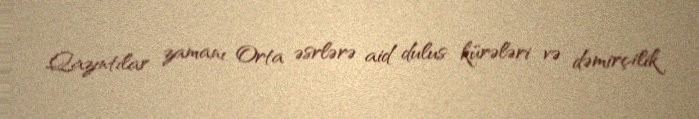
Qazıntılar zamanı Orta əsrlərə aid dulus kürələri və dəmirçilik